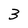
Character: 3